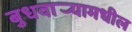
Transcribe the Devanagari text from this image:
बुधवार्‍यामधील